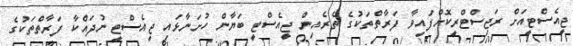
ޖީއެސްޓީއަށް ރަޖިސްޓްރީކޮށްފައިވާ ފަރާތްތަކުގެ ތެރެއިން ޖީއެސްޓީ ބަޔާން ހުށަނާޅައި ޖީއެސްޓީ ނުދައްކާ ފަރާތްތަކުގެ